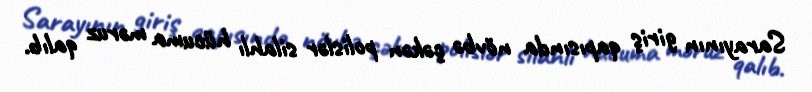
Sarayının giriş qapısında növbə çəkən polislər silahlı hücuma məruz qalıb.